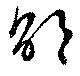
邵